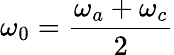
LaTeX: \omega_{0}=\frac{\omega_{a}+\omega_{c}}{2}